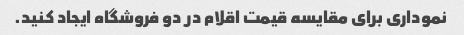
نموداری برای مقایسه قیمت اقلام در دو فروشگاه ایجاد کنید.